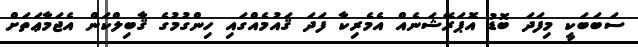
ސަބަބަކީ މިފަދަ ބޮޑު އޮޕަރޭޝަނެއް އެމެރިކާ ފަދަ ޤައުމެއްގައި ހިންގުމުގެ ޤާބިލްކަން އެޖަމާޢަތަށް